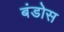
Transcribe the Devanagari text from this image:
बंडोस